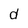
Character: d